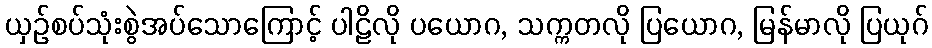
ယှဉ်စပ်သုံးစွဲအပ်သောကြောင့် ပါဠိလို ပယောဂ, သက္ကတလို ပြယောဂ, မြန်မာလို ပြယုဂ်